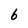
Character: 6